system: You are a helpful assistant.
user:
Analyze the provided spectrum to determine if it is a **M-type Giant (gM)**.

A M-type Giant spectrum is defined by its **strong molecular absorption** features, particularly from **Titanium Oxide (TiO)**. You must check for one of the following mutually exclusive signatures:

- **Key Visual Indicators (Absorption-Dominated Spectrum):**

    - **(Primary):** The spectrum is dominated by strong molecular absorption from **Titanium Oxide (TiO)**. This is the **defining feature** of its M-type temperature class.
        - **(Key Bandheads):** Look for sharp, "saw-tooth" absorption valleys. The strongest are located near **~7050 Å**, **~6160 Å**, and **~5170 Å**.
        - **(Line Profile):** The "saw-tooth" morphology is critical: a **sharp, steep drop on the BLUE (short-wavelength) side** of the bandhead, followed by a gradual recovery (rising flux) towards the RED (long-wavelength) side.

    - **(Key Confirmation - Giant vs. Dwarf):** **ABSENCE** of strong **Calcium Hydride (CaH)** molecular bands. This is the primary diagnostic for *excluding* M-dwarfs.
        - **(Key Region):** The spectrum should lack the strong, broad absorption band seen in dwarfs between **~6800 Å and ~7000 Å**.

    - **(Secondary Confirmation - Giant):** A very strong and broad **Neutral Calcium (Ca I)** atomic absorption line.
        - **(Key Line):** Located at **~4226 Å**. In a giant (gM), this line is significantly deeper and broader than the same line in an M-dwarf (dM) due to low surface gravity.

    - **(Overall Spectrum):**
        - The continuum is **extremely red-sloping** (i.e., flux is very low in the blue and rises dramatically towards the red).
        - The entire spectrum appears "chopped up" by the deep TiO bands.

Think first, call **spectral_visualization_tool** if needed to examine features in detail, then provide your final answer. Your response must adhere to the following strict rules:
1.  **Overall Structure:** Your response must follow the format `<think>...</think> <tool_call>...</tool_call> (if a tool is used) <answer>...</answer>`.
2.  **Tool Usage Constraint:** You may only make **one** tool call per turn.
3.  **Final Answer Format:** In the `<answer>` tag, your conclusion must be inside a `\boxed{}` command (e.g., `\boxed{YES}` or `\boxed{NO}`), followed by your justification.

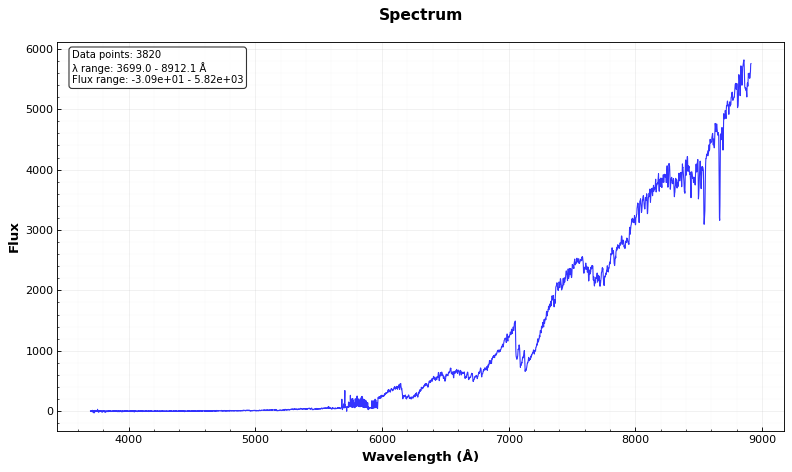
Answer: YES